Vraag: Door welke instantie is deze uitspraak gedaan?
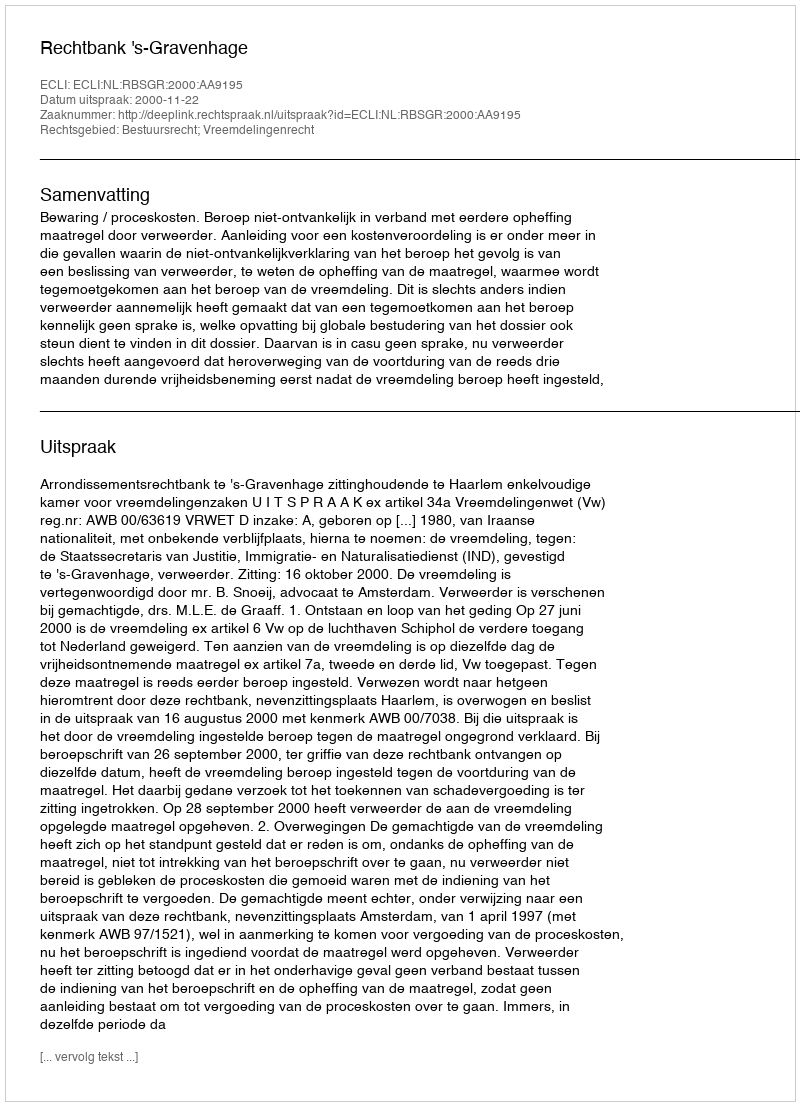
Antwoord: Rechtbank 's-Gravenhage